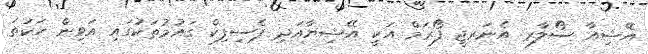
އޭޝިއާ ސޯލާރ އެނަރޖީ ފޯރަމް އަކީ އޭޝިޔާއަދި ޕެސިފިކް ގައުމުތަކުގައި އަވިން ހަކަތަ